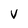
Character: V